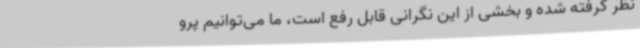
نظر گرفته شده و بخشی از این نگرانی قابل رفع است، ما می‌توانیم پرو